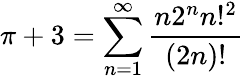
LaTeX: \pi+3=\sum_{n=1}^{\infty}{\frac{n2^{n}n!^{2}}{(2n)!}}